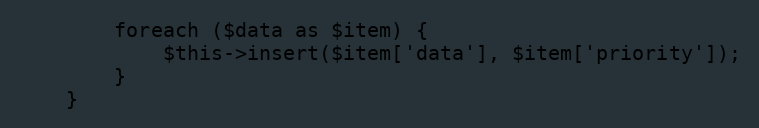
Language: PHP
        foreach ($data as $item) {
            $this->insert($item['data'], $item['priority']);
        }
    }